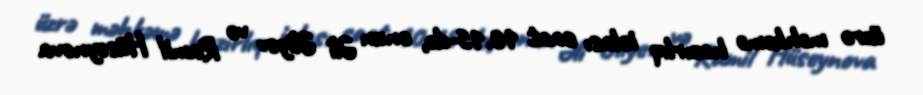
üzrə məhkəmə hazırlıq iclası saat 10.15-də, onun Əli Əliyev və Ramil Hüseynova